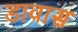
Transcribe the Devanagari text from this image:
डावास